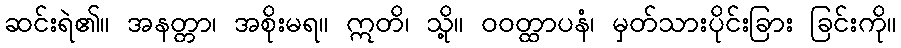
ဆင်းရဲ၏။ အနတ္တာ၊ အစိုးမရ။ ဣတိ၊ သို့။ ဝဝတ္ထာပနံ၊ မှတ်သားပိုင်းခြား ခြင်းကို။